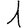
Digit: 1